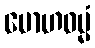
မောဟဓမ္မံ